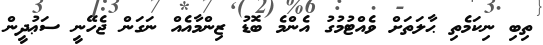
ތިބި ނިކަމެތި ޙާލަތަށް ވެއްޓުމުގު އެންމެ ބޮޑު ޒިންމާއެއް ނަގަން ޖެހޭނީ ސަޢުދީން